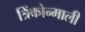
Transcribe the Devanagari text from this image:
त्रिंकोन्माली